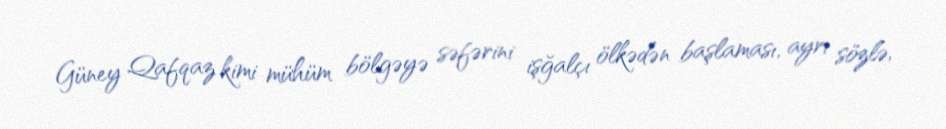
Güney Qafqaz kimi mühüm bölgəyə səfərini işğalçı ölkədən başlaması, ayrı sözlə,